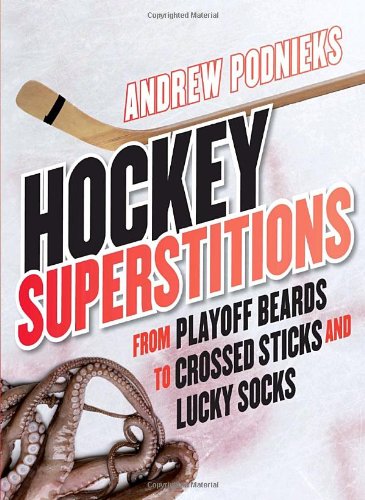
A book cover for Hockey Superstitions: From Playoff Beards to Crossed Sticks and Lucky Socks; Andrew Podnieks; Humor & Entertainment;